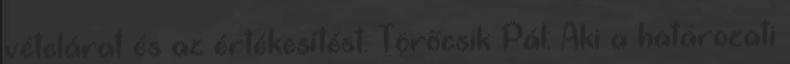
vételárat és az értékesítést. Törőcsik Pál: Aki a határozati